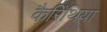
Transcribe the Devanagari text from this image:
कैरिंथिया